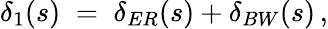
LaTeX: \delta_{1}(s)\; =\; \delta_{ER}(s)+\delta_{BW}(s)\, ,